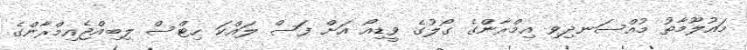
މައުލޫމާތު މުއްސަނދިވި އިމްރާންގެ ގޯލުގެ ވީޑިއޯ އަށް ފަސް ލައްކަ ހިޓްސް ލިބިއްޖެއިމްރާންގެ